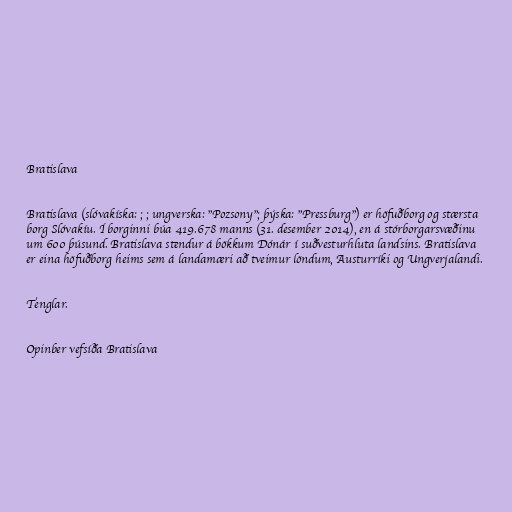
Bratislava

Bratislava (slóvakíska: ; ; ungverska: "Pozsony"; þýska: "Pressburg") er höfuðborg og stærsta
borg Slóvakíu. Í borginni búa 419.678 manns (31. desember 2014), en á stórborgarsvæðinu
um 600 þúsund. Bratislava stendur á bökkum Dónár í suðvesturhluta landsins. Bratislava
er eina höfuðborg heims sem á landamæri að tveimur löndum, Austurríki og Ungverjalandi.

Tenglar.

Opinber vefsíða Bratislava